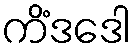
ကိံဒဒေါ